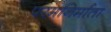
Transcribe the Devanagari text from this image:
परमनिर्माता